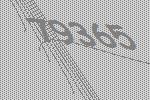
79365